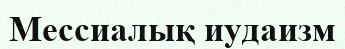
Мессиалық иудаизм